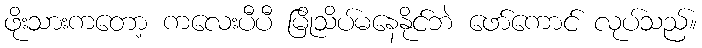
ဖိုးသားကတော့ ကလေးပီပီ မြိုသိပ်မနေနိုင်ဘဲ ဖော်ကောင် လုပ်သည်။